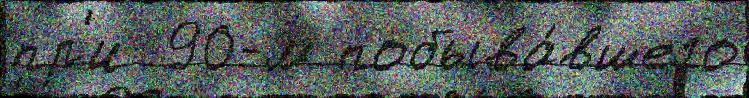
пр'и  90-м побыва́вшего